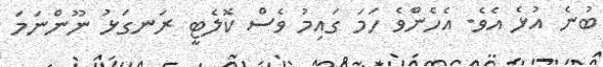
ބުނެ އުޅެ އެވެ. އެހެންވެ ހަމަ ގައިމު ވެސް ކޮލެޓީ ރަނގަޅު ނޫންނަމަ